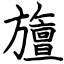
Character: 旜